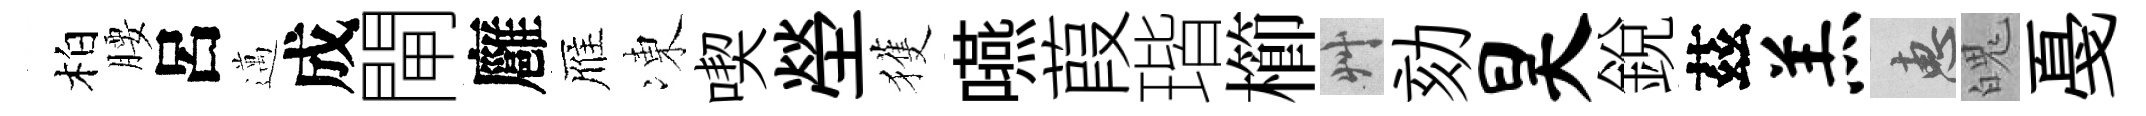
柏腰呂邁成閘廱雁凍喫塋獲嚥葭瑎櫛艸劾昊銳茲羔惠魄戞